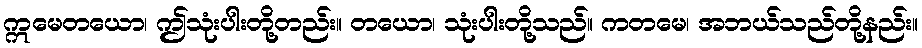
ဣမေတယော၊ ဤသုံးပါးတို့တည်း။ တယော၊ သုံးပါးတို့သည်။ ကတမေ၊ အဘယ်သည်တို့နည်း။